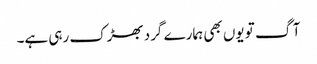
آگ تو یوں بھی ہمارے گرد بھڑک رہی ہے۔